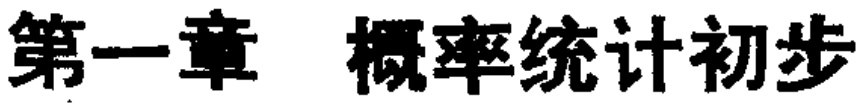
\chapter{概率统计初步}